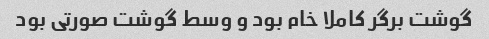
گوشت برگر کاملا خام بود و وسط گوشت صورتی بود